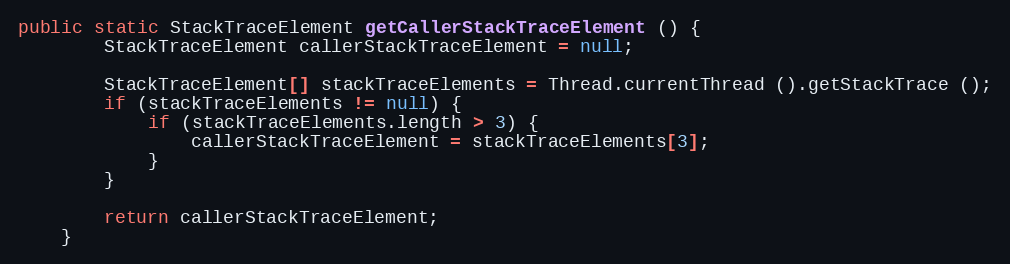
Language: Java
public static StackTraceElement getCallerStackTraceElement () {
		StackTraceElement callerStackTraceElement = null;

		StackTraceElement[] stackTraceElements = Thread.currentThread ().getStackTrace ();
		if (stackTraceElements != null) {
			if (stackTraceElements.length > 3) {
				callerStackTraceElement = stackTraceElements[3];
			}
		}

		return callerStackTraceElement;
	}